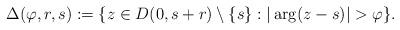
LaTeX: \begin{align*}\Delta(\varphi,r,s) := \{z\in D(0,s+r)\setminus\{s\}: |\arg(z-s)|>\varphi\}.\end{align*}